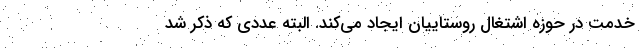
خدمت در حوزه اشتغال روستاییان ایجاد می‌کند. البته عددی که ذکر شد